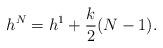
LaTeX: \begin{align*}h^N=h^1+{k\over 2} (N-1).\end{align*}